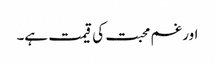
اور غم محبت کی قیمت ہے۔